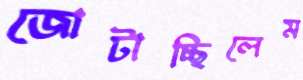
জোটাচ্ছিলেম